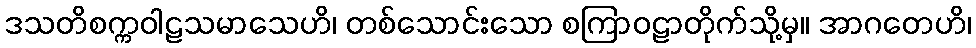
ဒသတိစက္ကဝါဠသမာသေဟိ၊ တစ်သောင်းသော စကြာဝဠာတိုက်သို့မှ။ အာဂတေဟိ၊